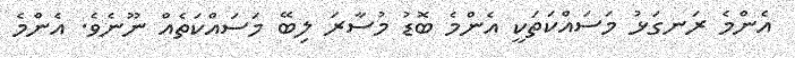
އެންމެ ރަނގަޅު މަސައްކަތަކީ އެންމެ ބޮޑު މުސާރަ ލިބޭ މަސައްކަތެއް ނޫނެވެ. އެންމެ